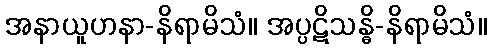
အနာယူဟနာ-နိရာမိသံ။ အပ္ပဋိသန္ဓိ-နိရာမိသံ။